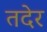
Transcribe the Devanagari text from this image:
तदेर